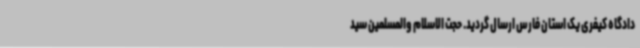
دادگاه کیفری یک استان فارس ارسال گردید. حجت الاسلام والمسلمین سید